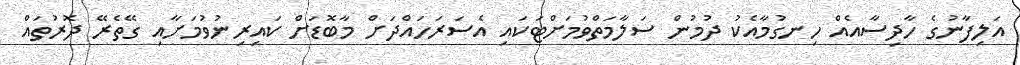
އަލިފާނުގެ ހާދިސާއެއް ހިނގުމާއެކު ދުމުން ސަލާމަތްވުމަށްޓަކައި އެސަރަހައްދަށް މާބޮޑަށް ކައިރިނުވުމަށާއި ގޭތެރޭ ދޮރުތައް